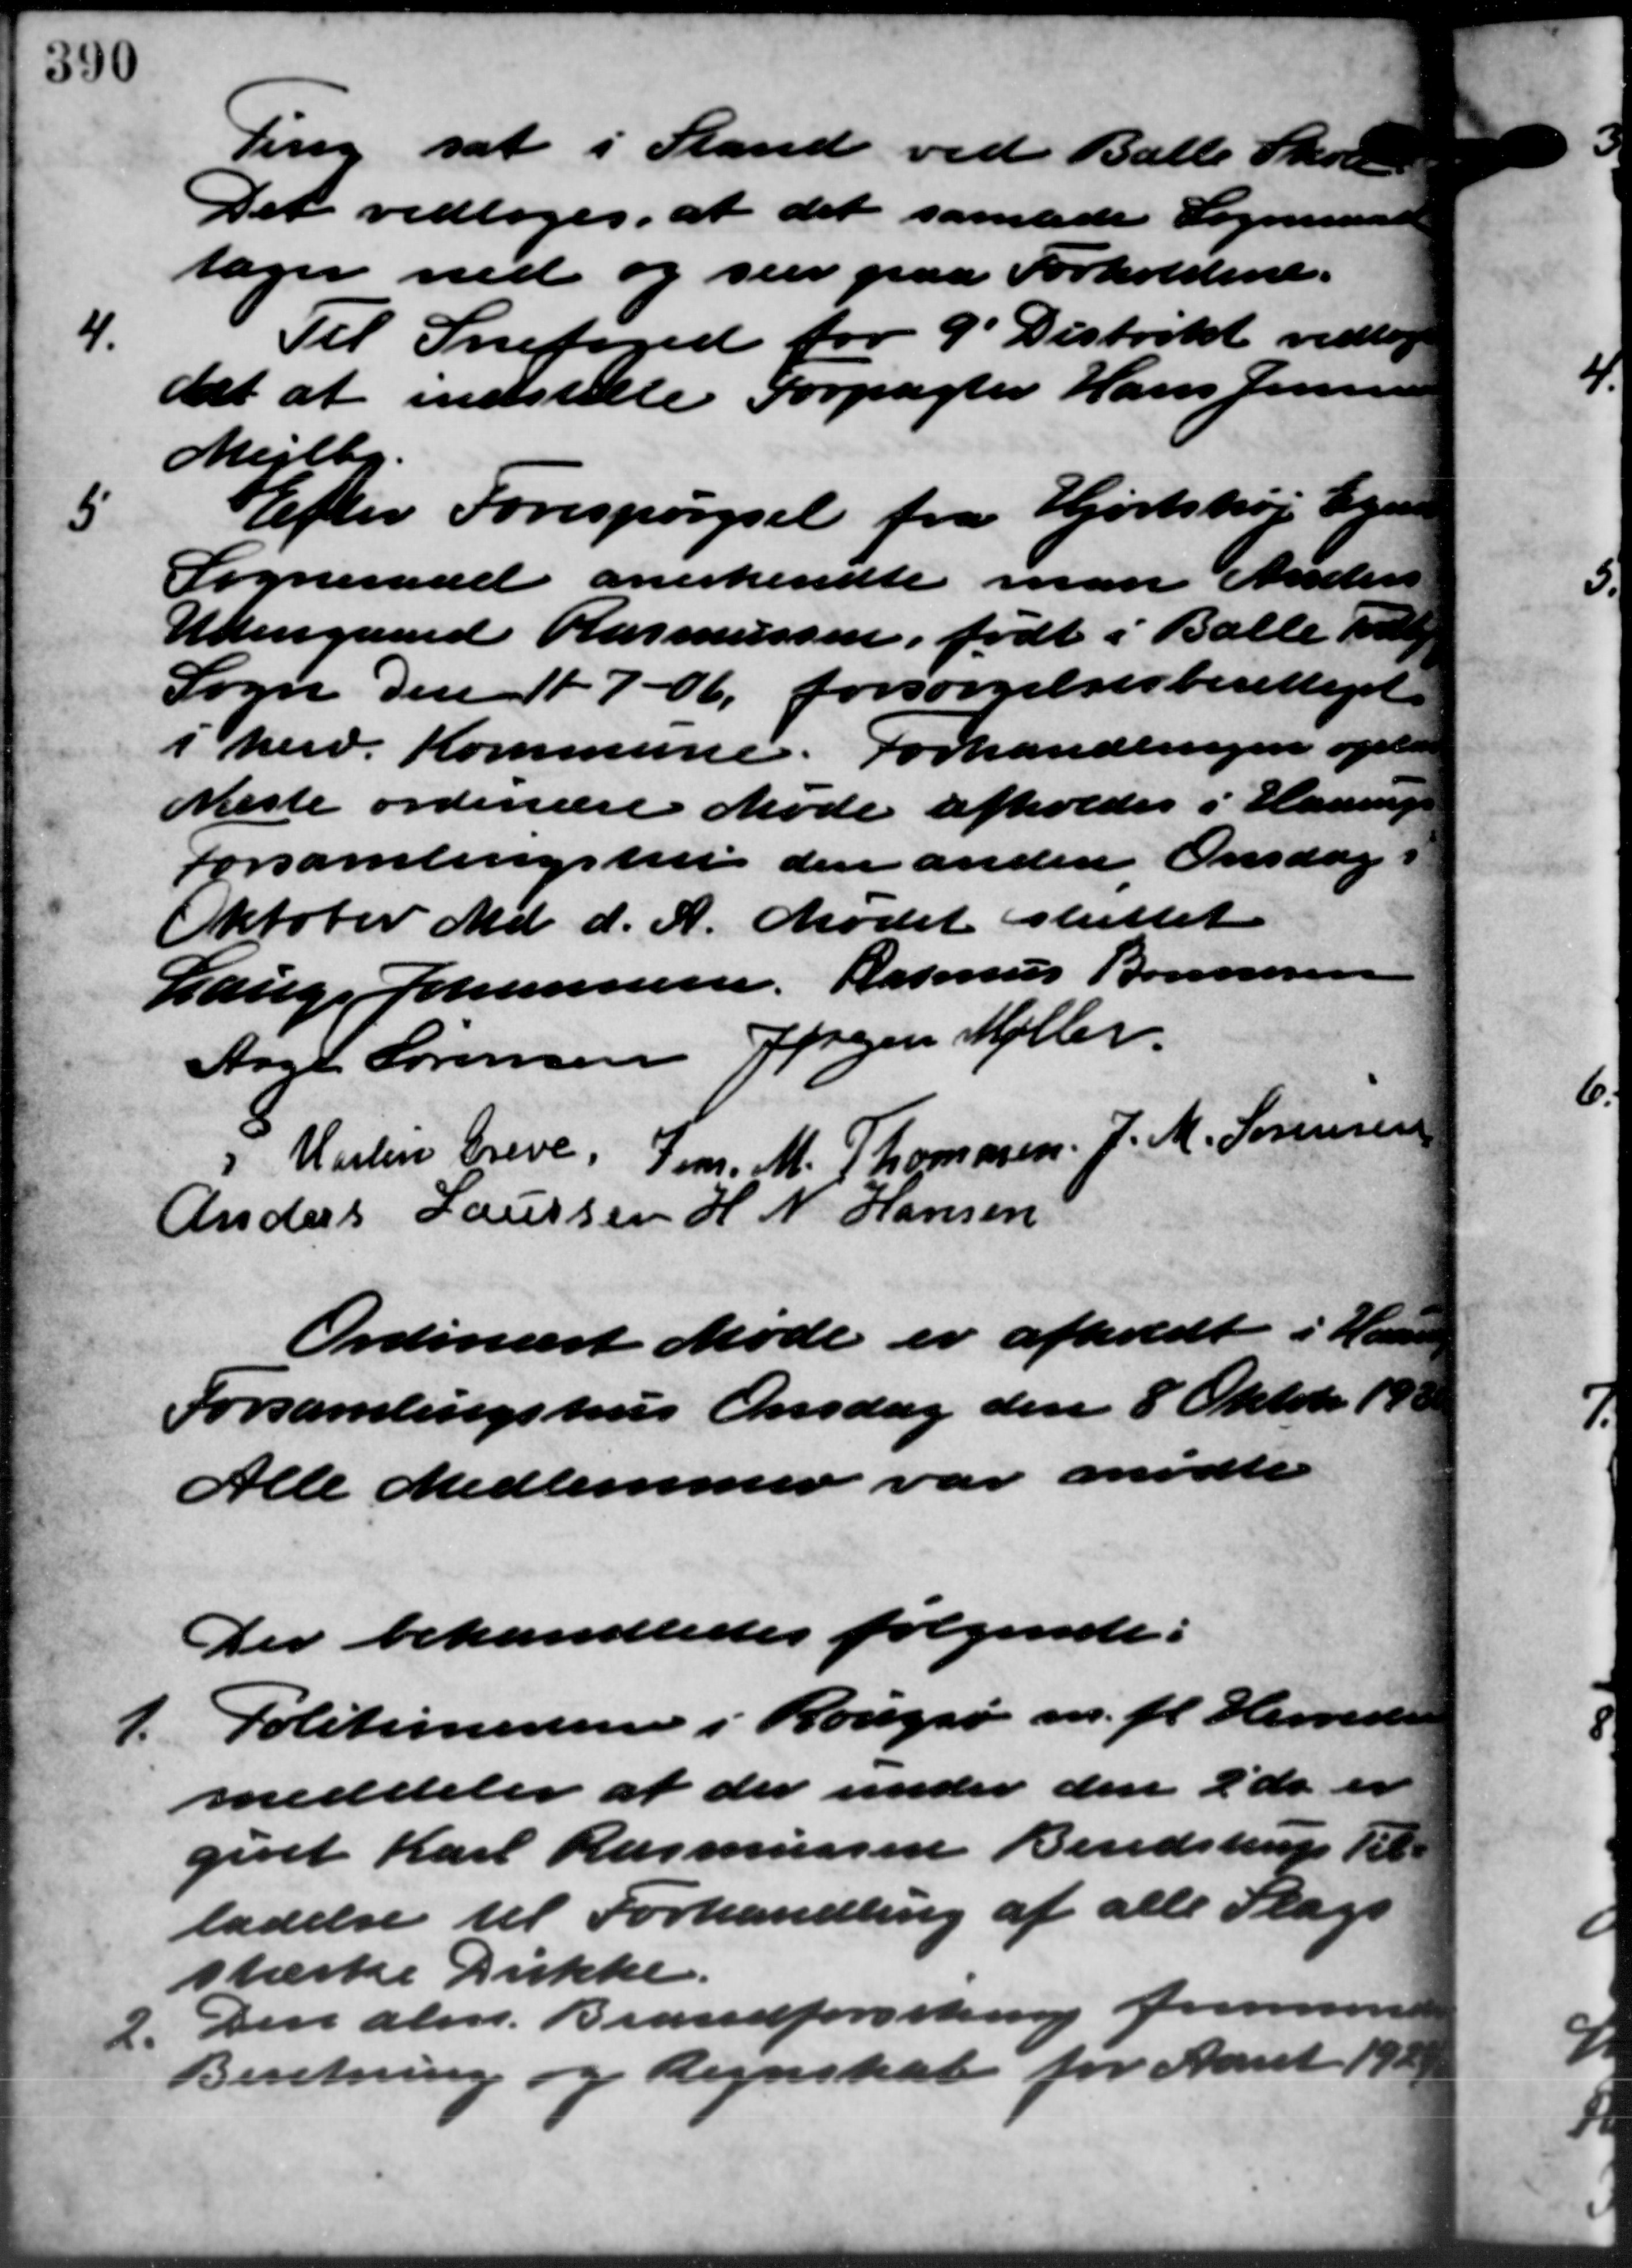
Transskription:
Ting sat i Stand ved Balle Skole
Det vedtoges, at det samlede Sogneraads
tager ned og seer paa Forholdene.
4.
Til Snefoged for 9 Distrikt vedtog
det at indstille Forpagter Hans Jensen
Mejlby.
5
Efter Forespørgsel fra Hjortshøj Ega
Sogneraad anerkendte man Anders
Udengaard Rasmussen, født i Balle ve
Sogn den 117 - 06, forsørgelsesberettiget
i herv. Kommune. Forhandlingen oplæs
Næste ordinære Møde afholdes i Haarup
Forsamlingshus den anden Onsdag i
Oktober Md. d. A. Mødet sluttet
Lauge Johannesen, Rasmus Bonnesen
Aage Sørensen Jørgen Møller
" Martin Greve, Jens. M. Thomasen. J. M. Sørensen
Anders Laursen H. N. Hansen
Ordinært Møde er afholdt i Hans
Forsamlingshus Onsdag den 8 Oktober 193
Alle Medlemmer var mødte
Der behandledes følgende:
1.
Politimesteren i Rougsø m. fl. Herrede
meddeler at der under den 2' ds. er
givet Karl Rasmussen Bendstrup Til-
ladelse til Forhandling af alle Slags
stærke Drikke.
2. Den alm. Brandforsskrup fremsen
2. Den alm. Brandforsskrup fremsen
Beretning og Regnskab for Aaret 1929